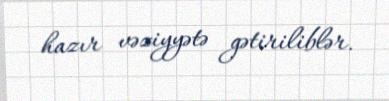
hazır vəziyyətə gətiriliblər.